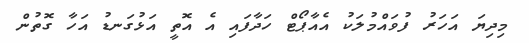
މިދިޔަ އަހަރު ފުވައްމުލަކު އެއާޕޯޓް ހަދާފައި އެ އޮތީ އަޅުގަނޑު އަހާ ގޮތުން